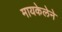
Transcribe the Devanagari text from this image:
मायकेलेने